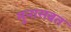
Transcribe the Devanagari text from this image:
मुनासबत